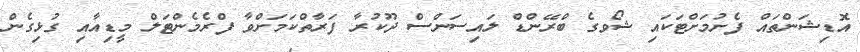
އޮޑިޝަންތައް ފެށުމަށްޓަކައި ޝޯވގެ ބްރޭންޑް ލައިސަންސް ދޫކުރާ ފަރާތްކަމަށްވާ ފްރެމެންޓަލް މީޑިއާއި ގުޅިގެން